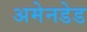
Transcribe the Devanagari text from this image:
अमेनडेड